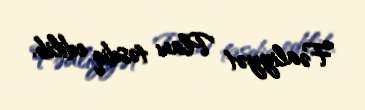
Fəaliyyət Planı təsdiq edilib.